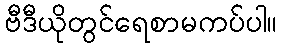
ဗီဒီယိုတွင်ရေစာမကပ်ပါ။